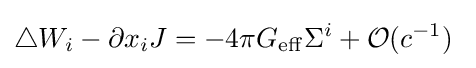
\triangle W_{i}-\partial x_{i}J=-4\pi G_{\mathrm {eff} }\Sigma ^{i}+{\mathcal {O}}(c^{-1})~